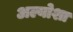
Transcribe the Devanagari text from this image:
अल्योशा